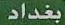
بغداد